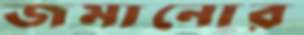
জমানোর